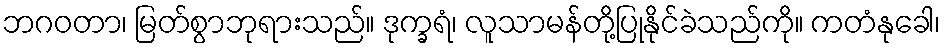
ဘဂဝတာ၊ မြတ်စွာဘုရားသည်။ ဒုက္ခရံ၊ လူသာမန်တို့ပြုနိုင်ခဲသည်ကို။ ကတံနုခေါ၊